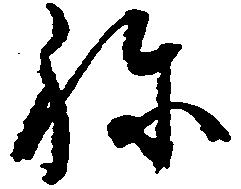
ね